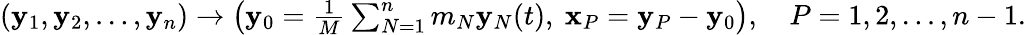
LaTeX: \begin{array}{r}{({\mathbf y}_{1},{\mathbf y}_{2},\ldots,{\mathbf y}_{n})\rightarrow\left({\mathbf y}_{0}=\frac 1M\sum_{N=1}^{n}m_{N}{\mathbf y}_{N}(t),~{\mathbf x}_{P}={\mathbf y}_{P}-{\mathbf y}_{0}\right),\quad P=1,2,\ldots,n-1.}\end{array}